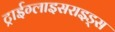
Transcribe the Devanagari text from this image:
ट्राईग्लाइसराइड्स